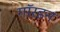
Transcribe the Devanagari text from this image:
गॉरडन